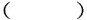
（）